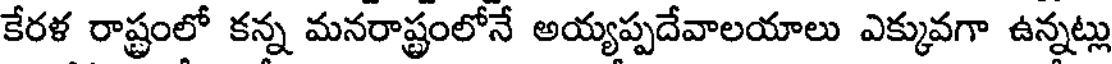
కేరళ రాష్ట్రంలో కన్న మనరాష్ట్రంలోనే అయ్యప్పదేవాలయాలు ఎక్కువగా ఉన్నట్లు